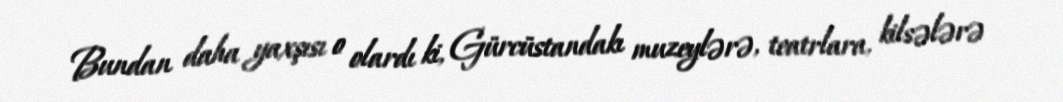
Bundan daha yaxşısı o olardı ki, Gürcüstandakı muzeylərə, teatrlara, kilsələrə